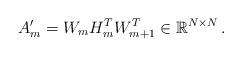
LaTeX: \begin{align*}A_{m}^{\prime }=W_{m}H_{m}^{T}W_{m+1}^{T}\in \mathbb{R}^{N\times N}\,.\end{align*}